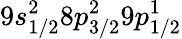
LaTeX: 9s_{1/2}^{2}8p_{3/2}^{2}9p_{1/2}^{1}